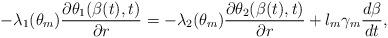
LaTeX: \begin{align*} -\lambda_1(\theta_m)\dfrac{\partial\theta_1(\beta(t),t)}{\partial r}=-\lambda_2(\theta_m)\dfrac{\partial\theta_2(\beta(t),t)}{\partial r}+l_m\gamma_m\dfrac{d\beta}{dt},\end{align*}